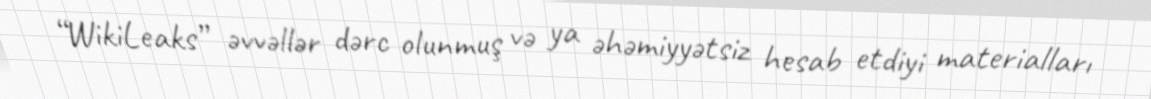
“WikiLeaks” əvvəllər dərc olunmuş və ya əhəmiyyətsiz hesab etdiyi materialları